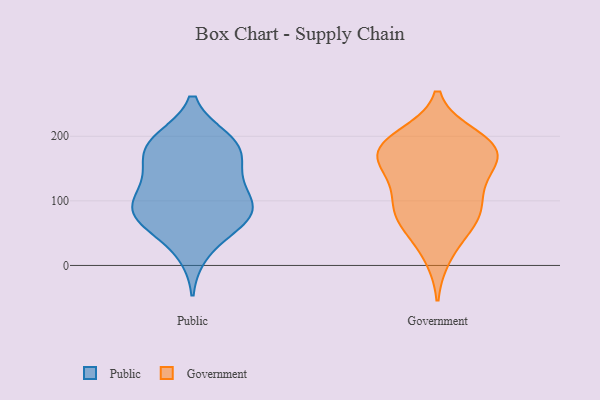
{"axis": {"x": "Operating Costs (USD K)", "y": "Value"}, "legend": ["Government", "Public"], "data": [{"x": "", "y": 92, "type": "Public"}, {"x": "", "y": 160, "type": "Public"}, {"x": "", "y": 71, "type": "Public"}, {"x": "", "y": 184, "type": "Public"}, {"x": "", "y": 99, "type": "Public"}, {"x": "", "y": 75, "type": "Public"}, {"x": "", "y": 89, "type": "Public"}, {"x": "", "y": 188, "type": "Public"}, {"x": "", "y": 59, "type": "Public"}, {"x": "", "y": 159, "type": "Public"}, {"x": "", "y": 195, "type": "Public"}, {"x": "", "y": 127, "type": "Public"}, {"x": "", "y": 126, "type": "Public"}, {"x": "", "y": 20, "type": "Public"}, {"x": "", "y": 193, "type": "Public"}, {"x": "", "y": 78, "type": "Public"}, {"x": "", "y": 165, "type": "Government"}, {"x": "", "y": 108, "type": "Government"}, {"x": "", "y": 60, "type": "Government"}, {"x": "", "y": 145, "type": "Government"}, {"x": "", "y": 166, "type": "Government"}, {"x": "", "y": 82, "type": "Government"}, {"x": "", "y": 187, "type": "Government"}, {"x": "", "y": 199, "type": "Government"}, {"x": "", "y": 174, "type": "Government"}, {"x": "", "y": 183, "type": "Government"}, {"x": "", "y": 73, "type": "Government"}, {"x": "", "y": 187, "type": "Government"}, {"x": "", "y": 122, "type": "Government"}, {"x": "", "y": 79, "type": "Government"}, {"x": "", "y": 16, "type": "Government"}]}